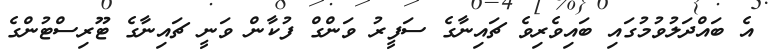
އެ ބައްދަލުވުމުގައި ބައިވެރިވެ ޗައިނާގެ ސަފީރު ވަންގް ފުކާން ވަނީ ޗައިނާގެ ޓޫރިސްޓުންގެ